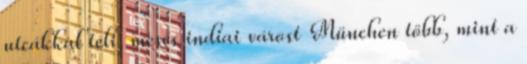
utcákkal teli, mesés indiai várost München több, mint a